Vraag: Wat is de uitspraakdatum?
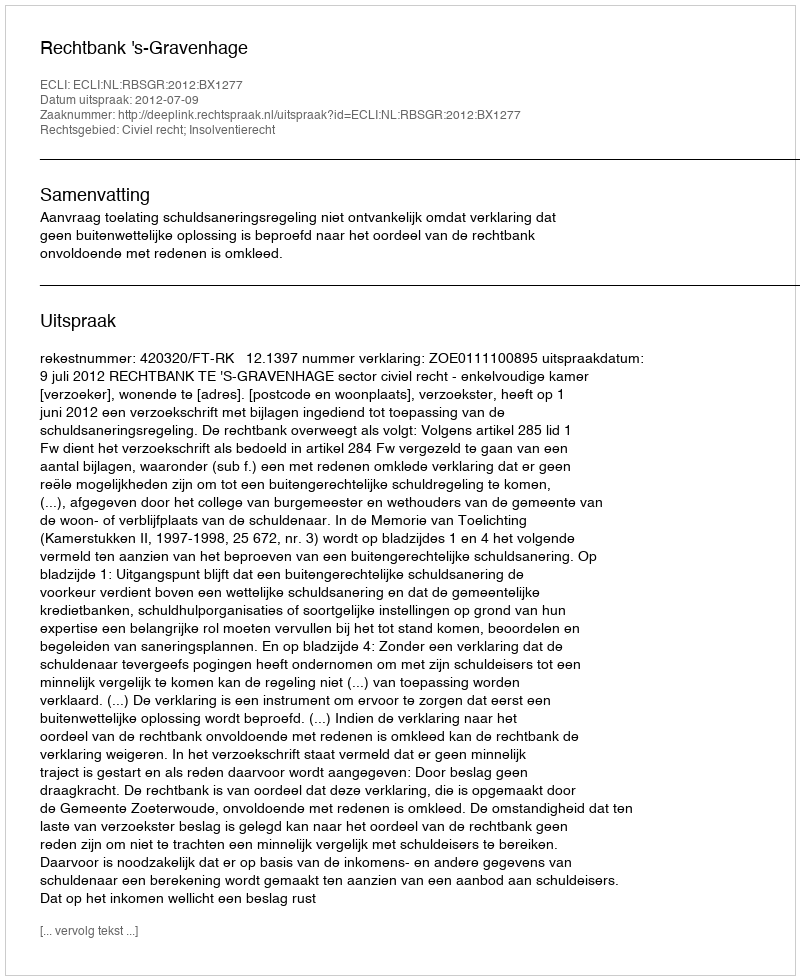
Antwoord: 2012-07-09